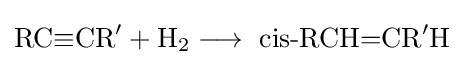
{\mathrm {RC} {\equiv }\mathrm {CR} {\vphantom {A}}^{\prime }{}+{}\mathrm {H} {\vphantom {A}}_{\smash[{t}]{2}}{}\mathrel {\longrightarrow } {}}{\text{ cis-}}{\mathrm {RCH} {=}\mathrm {CR} {\vphantom {A}}^{\prime }\mathrm {H} }